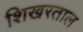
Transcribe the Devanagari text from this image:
शिखरताल